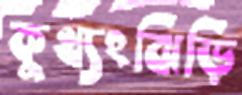
কুখ্যংঝিড়ি